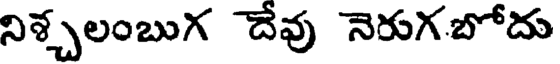
నిశ్చలంబుగ దేవు నెరుగబోదు